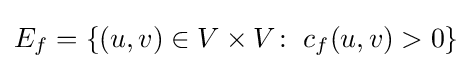
E_{f}=\{(u,v)\in V\times V\colon \;c_{f}(u,v)>0\}